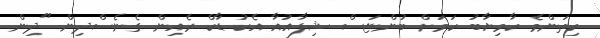
ކިތަންމެ ކާމިޔާބު ކަމަށް ބުންޏަސް ޝިފާއުއާ އެކު ޑާކް ރެއިން ގެނެސްދިން "ދިން